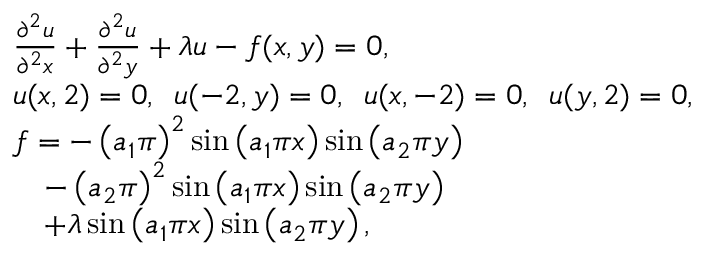
\begin{array} { r l } & { \frac { \partial ^ { 2 } u } { \partial ^ { 2 } x } + \frac { \partial ^ { 2 } u } { \partial ^ { 2 } y } + \lambda u - f ( x , y ) = 0 , } \\ & { u ( x , 2 ) = 0 , \, \, \, u ( - 2 , y ) = 0 , \, \, \, u ( x , - 2 ) = 0 , \, \, \, u ( y , 2 ) = 0 , } \\ & { f = - \left( a _ { 1 } \pi \right) ^ { 2 } \sin \left( a _ { 1 } \pi x \right) \sin \left( a _ { 2 } \pi y \right) } \\ & { \quad - \left( a _ { 2 } \pi \right) ^ { 2 } \sin \left( a _ { 1 } \pi x \right) \sin \left( a _ { 2 } \pi y \right) } \\ & { \quad + \lambda \sin \left( a _ { 1 } \pi x \right) \sin \left( a _ { 2 } \pi y \right) , } \end{array}